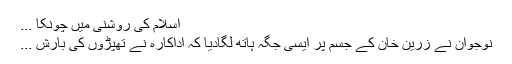
اسلام کی روشنی میں چونکا ...
نوجوان نے زرین خان کے جسم پر ایسی جگہ ہاتھ لگادیا کہ اداکارہ نے تھپڑوں کی بارش ...